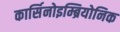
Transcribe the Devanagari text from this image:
कार्सिनोइम्ब्रियोनिक